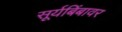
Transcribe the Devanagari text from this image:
सूर्यबिंबावर